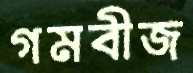
গমবীজ